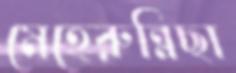
মেহেরুন্নিছা